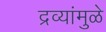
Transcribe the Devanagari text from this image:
द्रव्यांमुळे